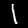
Label: 1